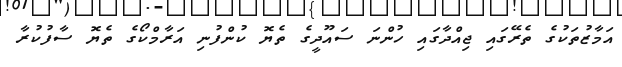
އަމާޒުތަކުގެ ތެރޭގައި ޖިއްދާގައި ހުންނަ ސައޫދީގެ ތެޔޮ ކުންފުނި އަރާމްކޯގެ ތެޔޮ ސާފުކުރާ